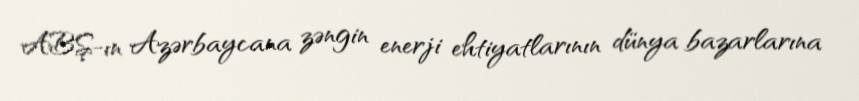
ABŞ-ın Azərbaycana zəngin enerji ehtiyatlarının dünya bazarlarına